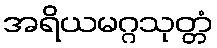
အရိယမဂ္ဂသုတ္တံ